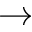
\rightarrow